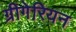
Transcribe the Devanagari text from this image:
ग्रीगेरियन